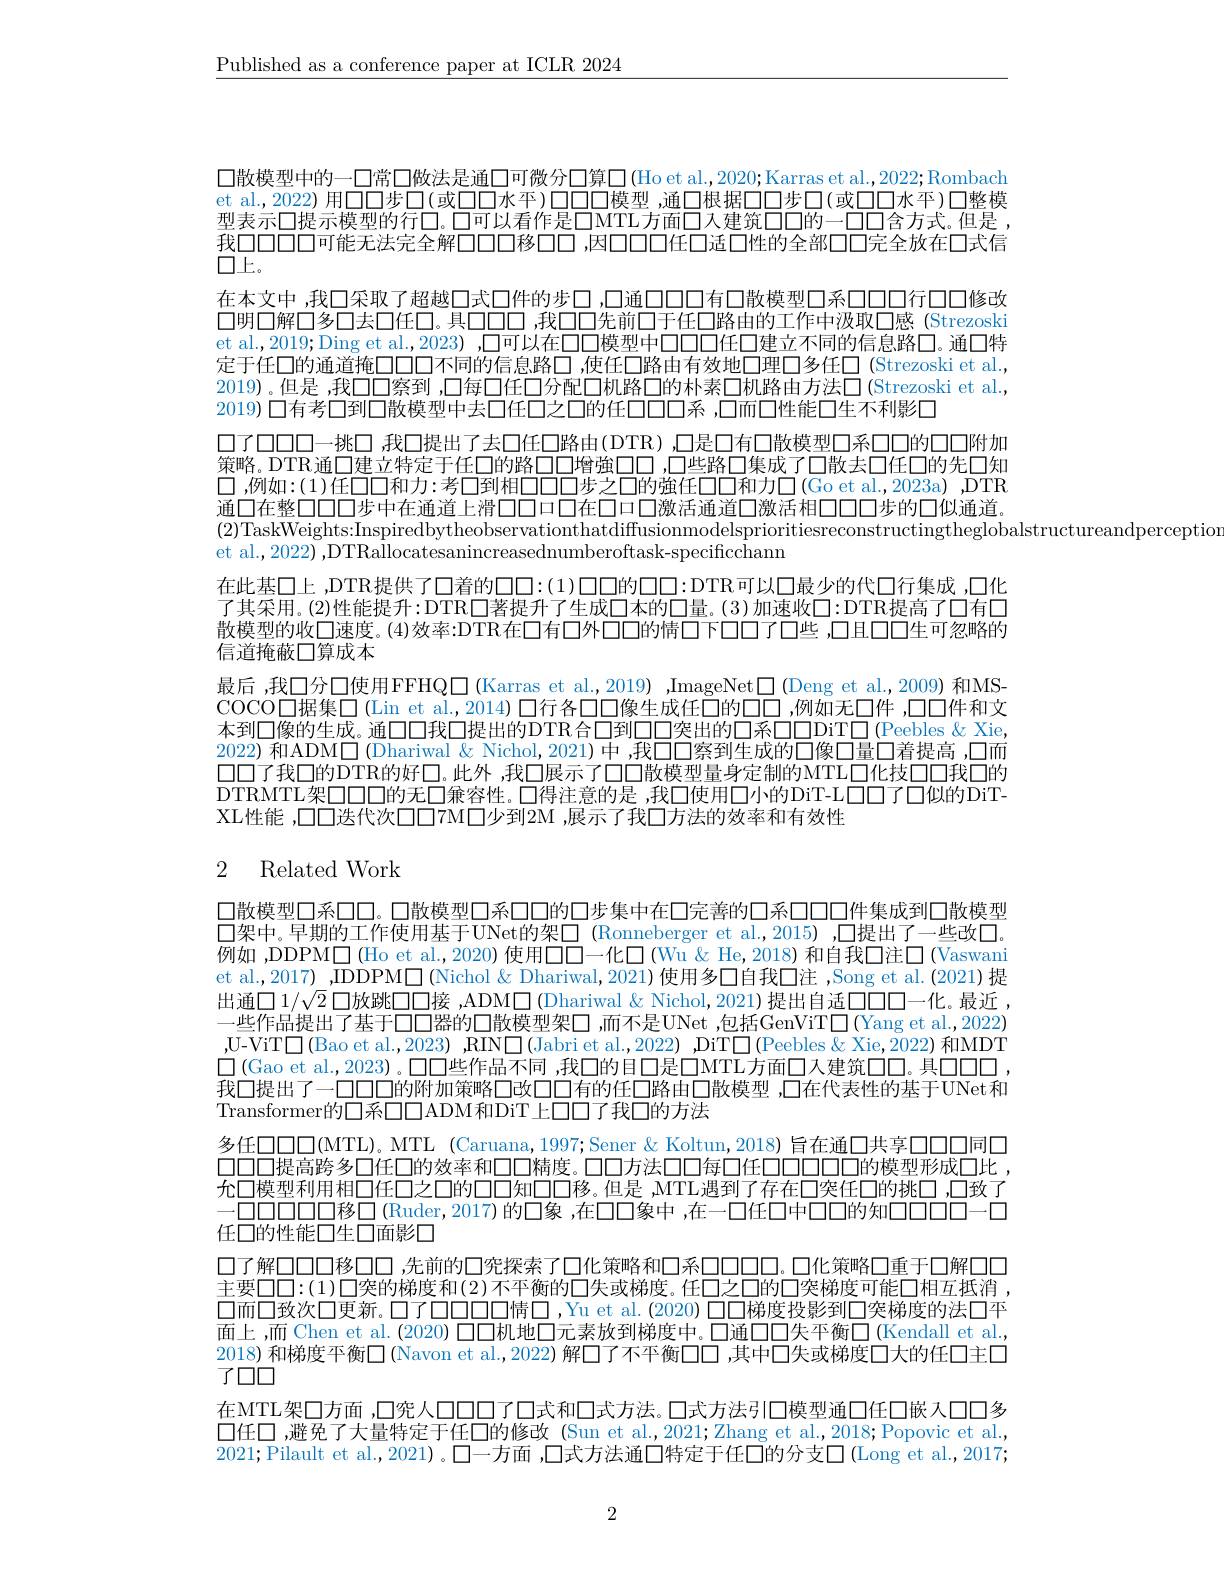
$\underline{\text{Published as a conference paper at ICLR 2024}}$

$\square$散模型中的一$\square$常$\square$做法是通$\square$可微分$\square$算$\square($Ho et al.,2020;Karras et al.,2022;Rombach et al.,2022)用口口步口(或口口水平)口口口模型，通口根据口口步口(或口口水平)口整模型表示口提示模型的行口。口可以看作是$\square$MTL方面口入建筑口口的一口口含方式。但是， 我口口口口可能无法完全解口口口移口口，因口口任口适口性的全部口口完全放在口式信$\square\square\square\square\square$
在本文中，我口采取了超越口式口件的步口，口通口口口有口散模型口系口口口行口口修改口明口解口多口去口任口。具口口口，我口口先前口于任口路由的工作中汲取口感(Strezoski et al.,2019;Ding et al.,2023),口可以在口口模型中口口口任口建立不同的信息路口。通口特定于任口的通道掩口口不同的信息路口 ,使任口路由有效地口理口多任口 (Strezoski et al., 2019)。但是 ,我口口察到 ,口每口任口分配口机路口的朴素□机路由方法□(Strezoski et al. 2019) 口有考口到口散模型中去口任口之口的任口口口系 ,口而口性能口生不利影口
口了0000-挑口 我口提出了去口任口路由(DTR) $\square$是口有口散模型口系口口的口口附加策略。DTR通口建立特定于任口的路口口增強口口，口些路口集成了口散去口任口的先口知$\square$ ,例如：(1)任口口和力：考口到相口口口步之口的強任口口和力$\square$(Go et al.,2023a) ,DTR 通口在整口口00步中在通道上滑口口口在口口口激活通道口激活相口口口步的口似通道。
et al., 2022) ,DTRallocatesanincreasednumberoftask-specificchann
在此基□上 ,DTR提供了口着的$\square\square:(1)\square\square\square\square\square:$DTR可以口最少的代口行集成 ,口化了其采用。(2)性能提升：DTR口著提升了生成口本的口量。(3)加速收口：DTR提高了口有口散模型的收口速度。(4)效率：DTR在口有口外口口的情口下口口了口些 ,口且口口生可忽略的信道掩蔽口算成本
最后 ,我口分口使用FFHQ□(Karras et al.,2019),ImageNet▣(Deng et al.,2009)和MSCOCO口据集口(Lin et al.,2014) 口行各口口像生成任口的口口 ,例如无口件 ,口口件和文本到口像的生成。通口口我口提出的DTR合口到口口突出的口系口口DiT□(Peebles & Xie 2022)和ADM口 (Dhariwal $\&$ Nichol, 2021) 中，我口口察到生成的口像口量口着提高，口而$\square\square$了我$\square$的DTR的好◯。此外 ,我$\square$展示了口口散模型量身定制的MTL口化技口口我口的DTRMTL架口口口的无口兼容性。口得注意的是 ,我口使用口小的DiT-L口口口了口似的DiTXL性能 ,口口迭代次口口7M口少到2M ,展示了我□方法的效率和有效性

# 2 Related Work

口散模型口系口口。口散模型口系口口的口步集中在口完善的口系口口口件集成到口散模型$\square$架中。早期的工作使用基于UNet的架□ (Ronneberger et al.,2015) ,口提出了一些改口。例如 ,DDPM□ (Ho et al.,2020) 使用口口一化口(Wu&He,2018) 和自我□注□(Vaswani et al.,2017) ,IDDPM$\square$ (Nichol & Dhariwal, 2021) 使用多□自我□注 ,Song et al.(2021) 提出通口 $1/\sqrt{2}$ 口放跳口口接 ,ADM$\square$ (Dhariwal & Nichol, 2021)提出自适$\square\square\square$一化。最近 , 一些作品提出了基于口口器的口散模型架□ ,而不是UNet ,包括GenViT$\square($Yang et al.,2022) ,U-ViT$\square$(Bao et al.,2023),RIN$\square$(Jabri et al.,2022),DiT$\square$(Peebles&Xie,2022) 和MDT $\square$(Gao et al.,2023)。口口些作品不同 ,我口的目口是口MTL方面口入建筑口口。具口口口， 我口提出了一口口口口的附加策略口改口口有的任口路由口散模型，口在代表性的基于UNet和Transformer的口系口口ADM和DiT上口口了我口的方法
多任口口口(MTL)。MTL (Caruana,1997;Sener&Koltun,2018) 旨在通口共享口口同口0000提高跨多口任口的效率和口口精度。口口方法口口每口任口口口口的模型形成口比 , 允口模型利用相口任口之口的口口知口口移。但是 ,MTL遇到了存在口突任口的挑口 ,口致了一000000移口(Ruder,2017)的口象，在口口象中，在一口任口中口口的知口口口口口一口任口的性能口生口面影口
口了解口口口移口口 ,先前的口究探索了口化策略和口系口口口口。口化策略口重于口解口口主要$\square\square:(1)\square$突的梯度和(2)不平衡的口失或梯度。任口之口的口突梯度可能口相互抵消， 口而口致次口更新。口了口口口口情口，Yu et al.(2020) 口口梯度投影到口突梯度的法口平面上 ,而 Chen et al. (2020) 口口机地口元素放到梯度中。口通口口失平衡口 (Kendall et al. 2018) 和梯度平衡$\square$ (Navon et al.,2022) 解口了不平衡口口 ,其中口失或梯度口大的任口主口了口口
在MTL架口方面 ,口究人口口口了口式和口式方法。口式方法引口模型通口任口嵌入口口多$\square 任\square$ ,避免了大量特定于任口的修改 (Sun et al.,2021;Zhang et al.,2018;Popovic et al. 2021;Pilault et al.,2021) 。口一方面 ,口式方法通口特定于任口的分支$\square$ (Long et al.,2017;

2